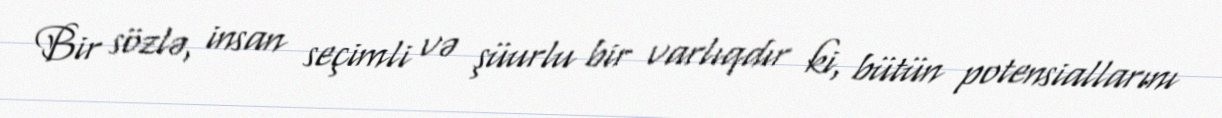
Bir sözlə, insan seçimli və şüurlu bir varlıqdır ki, bütün potensiallarını